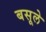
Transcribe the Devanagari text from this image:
बसूले